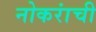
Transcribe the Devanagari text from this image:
नोकरांची